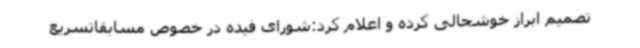
تصمیم ابراز خوشحالی کرده و اعلام کرد:شورای فیده در خصوص مسابقاتسریع